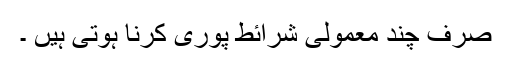
صرف چند معمولی شرائط پوری کرنا ہوتی ہیں ۔